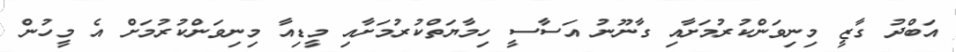
އަބްދު ގާޒީ މިނިވަންކުރުމަށާއި ގާނޫނު އަސާސީ ހިމާޔަތްކުރުމަށާއި މީޑިއާ މިނިވަންކުރުމަށް އެ މީހުން